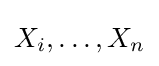
X_{i},\ldots ,X_{n}